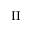
\mathrm { I I }